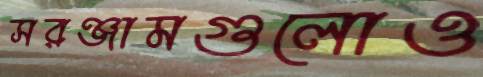
সরঞ্জামগুলোও